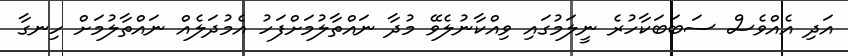
އަދި އެއްވެސް ސަބަބަކާހުރެ ނީލަމުގައި ވިއްކާނުލެވޭ މުދާ ނައްތާލުމަށްފަހު އެމުދަލެއް ނައްތާލުމަށް ހިނގާ